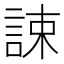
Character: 誎